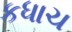
કધાચ